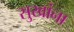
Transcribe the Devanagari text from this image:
सुखांना